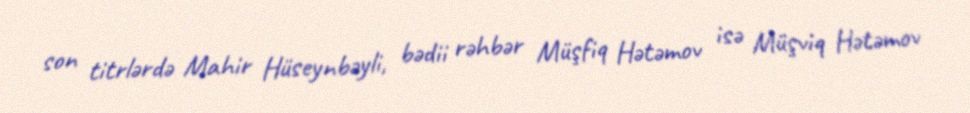
son titrlərdə Mahir Hüseynbəyli, bədii rəhbər Müşfiq Hətəmov isə Müşviq Hətəmov